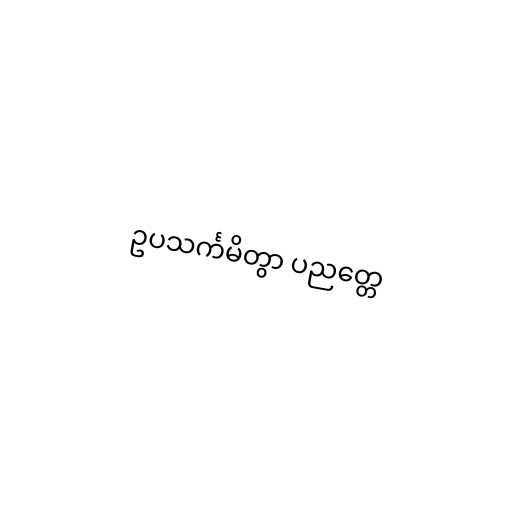
ဥပသင်္ကမိတွာ ပညတ္တေ